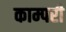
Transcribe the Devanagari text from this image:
काम्परी